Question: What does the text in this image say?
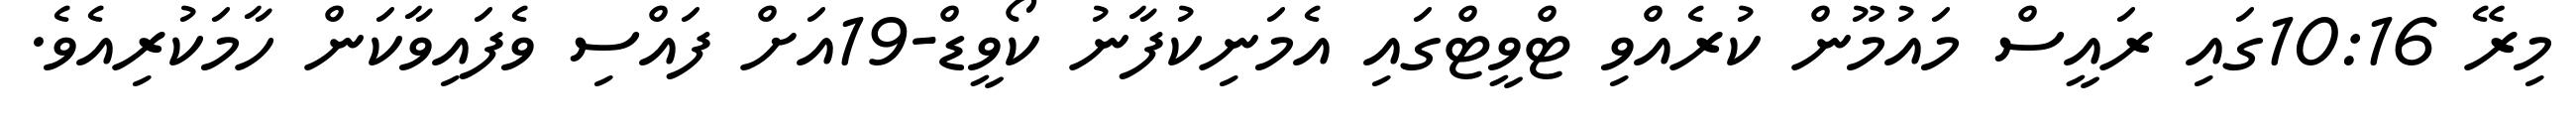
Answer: މިރޭ 10:16ގައި ރައީސް މައުމޫން ކުރެއްވި ޓްވީޓްގައި އެމަނިކުފާނު ކޯވީޑް-19އަށް ފައްސި ވެފައިވާކަން ހާމަކުރިއެވެ.